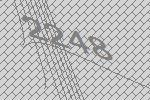
2248